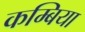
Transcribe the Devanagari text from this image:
कम्बिया